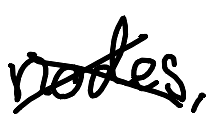
Text: nodes,
Cross-out: mix
Writing tool: digital_black